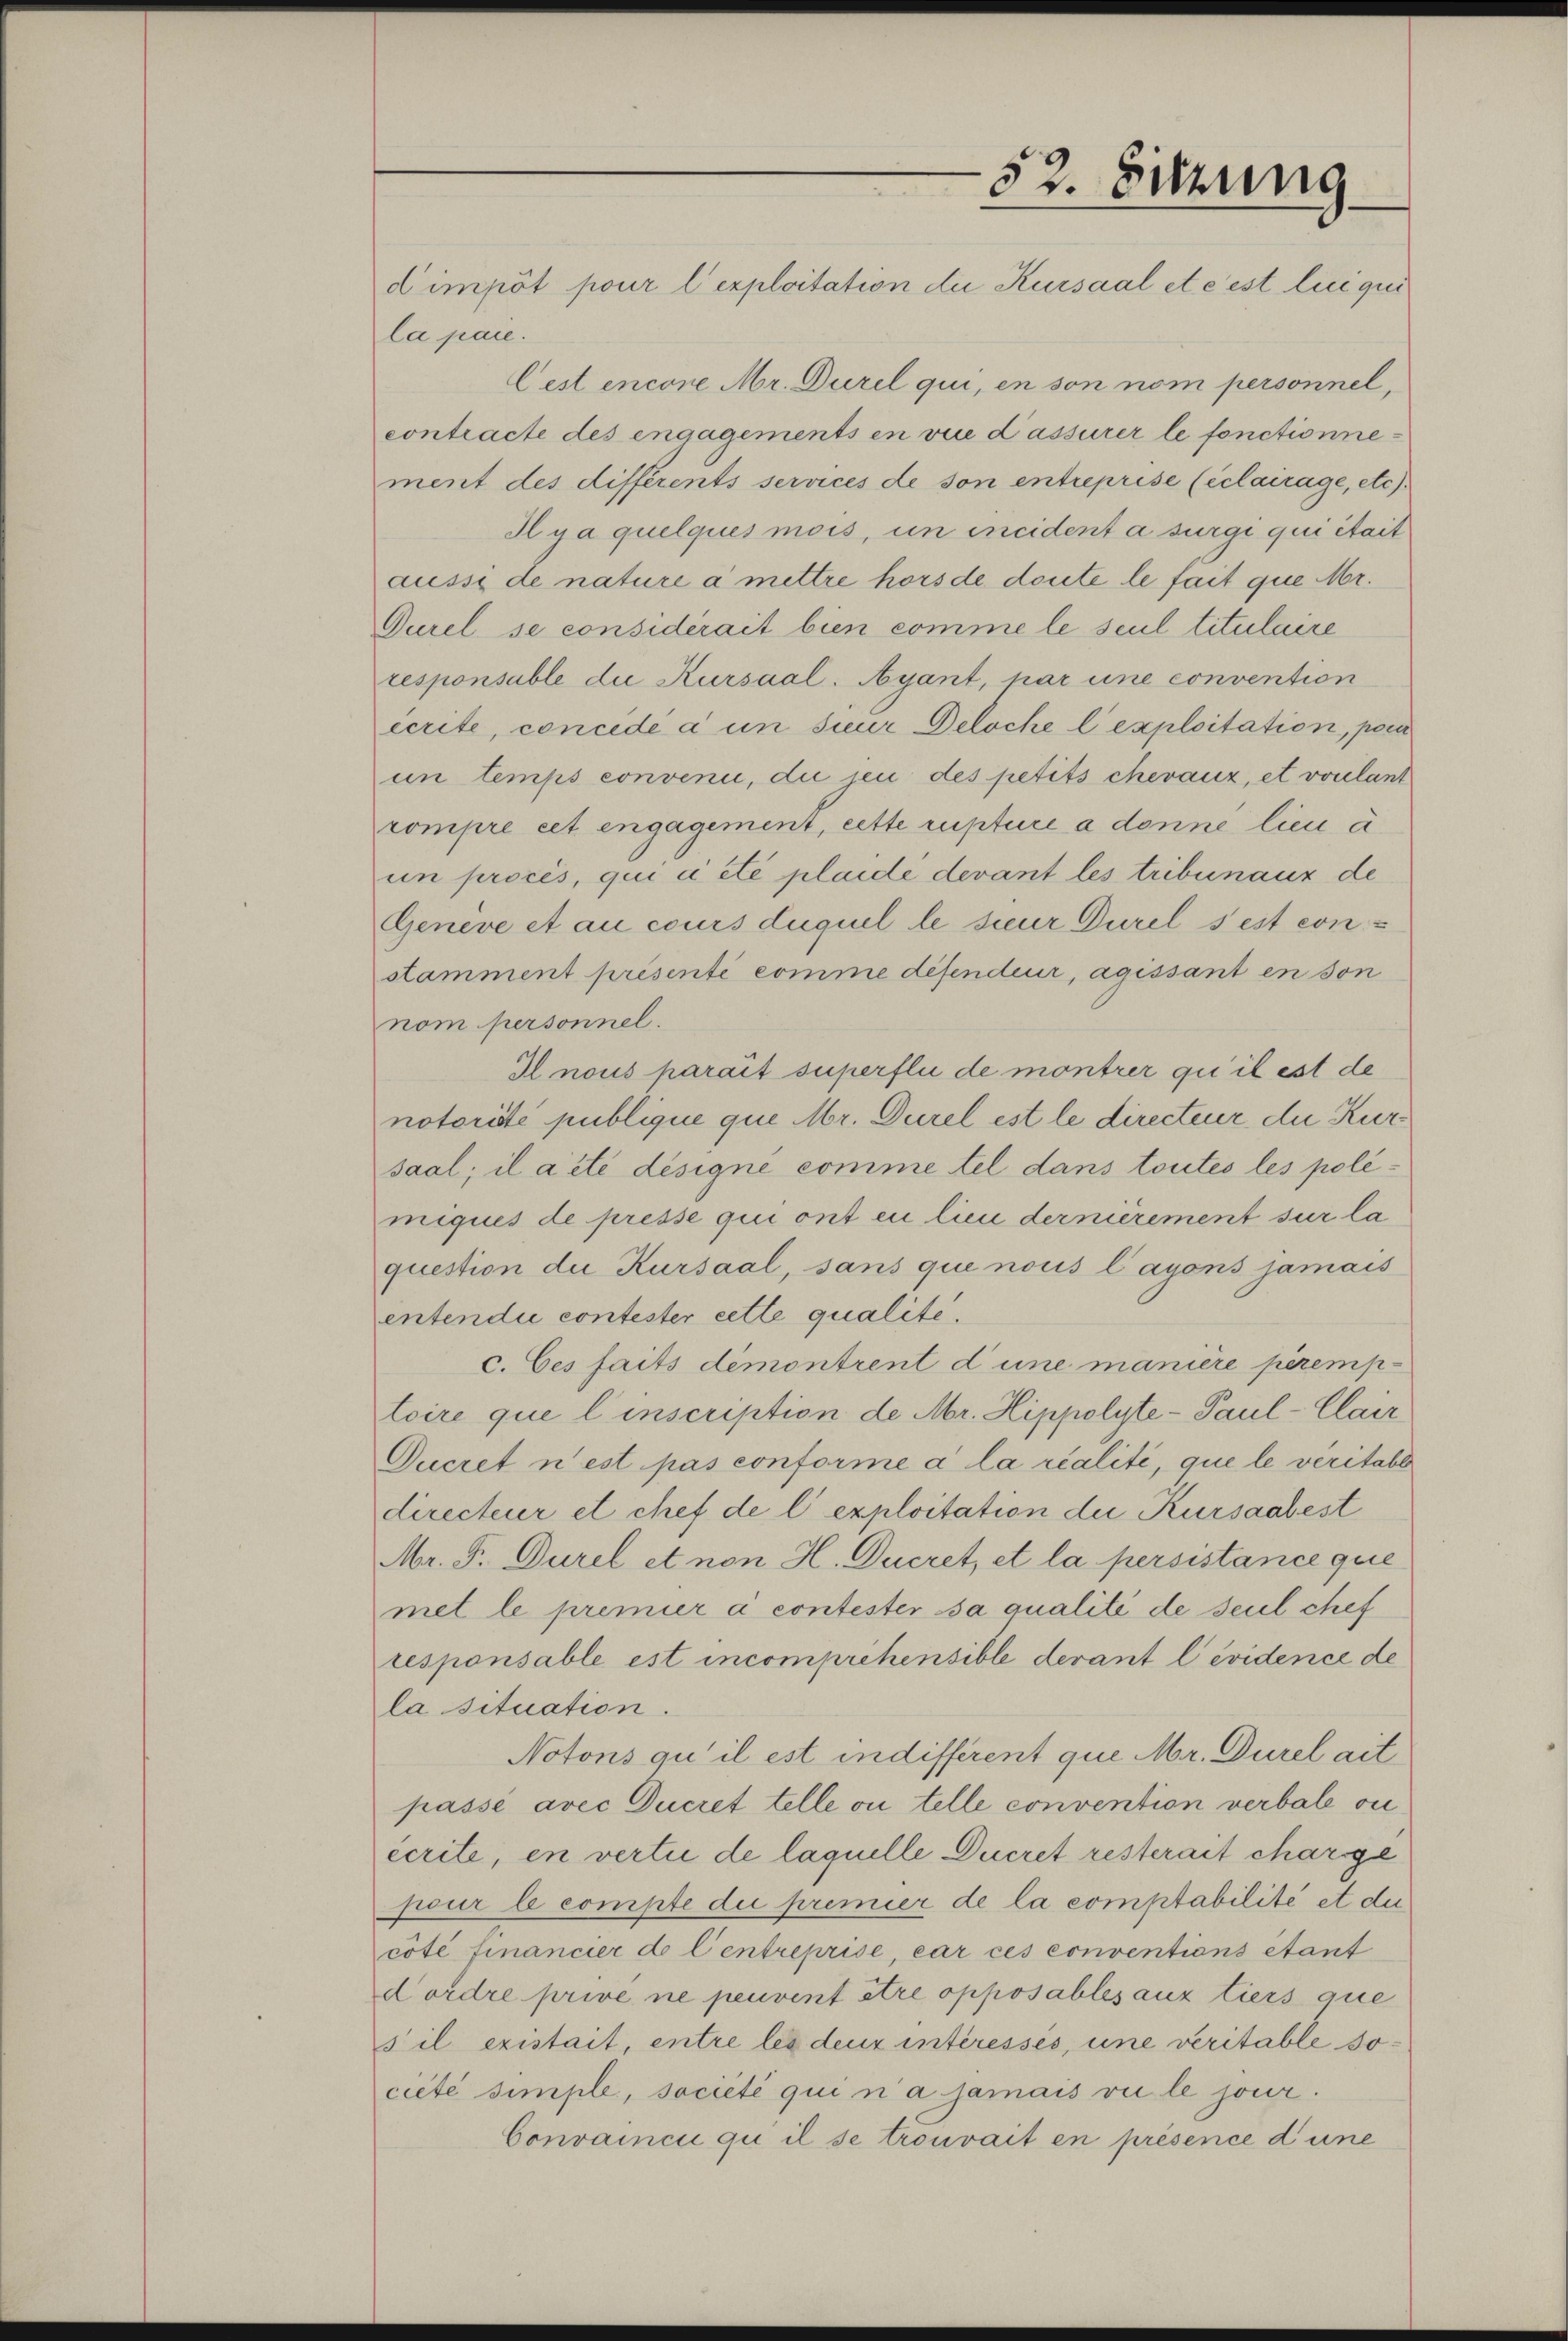
d’impôt pour l’exploitation die Kursaal et c’est lieiqui

52. Sitzung

la pare.
Cest encore Mr. Durel qui, en son nom personnel,
contracte des engagements en vice d’assurer le fonctionnement des différents services de son entreprise (éclarage, etc)
Ilya quelques mois, un incident a surgi qui était
aussi de nature à mettre hors de doute le fait que Mr.
Gurel se considérait bien comme le seul titulaire
responsable die Kursaal. Ayant, par une convention
écrite, concede à un seur Deloche l’exploitation, pour
un temps convenie, die jen des petits chevaux, et voulant
compre cet engagement, cette rupture a donne lieu à
un procès, qui a été plaide devant les tribunanz de
Geneve et au cours duquel le secur Durel sest constamment présenti comme difendeur, agissant en son
nom personnel.
I nous parait superfli de montrer qui il est de
notorité publique que Mr. Durel est le directeur die Kur
saal; il a été désigne comme tel dans toutes les polimiques de presse qui ont eu lieu dernièrement sur la
question die Kursaal, sans que nous l’ayons jamais
entendii contester cette qualite.
c. Ces faits demontrent d’une manière peremptoire que l’inscription de Mr. Hippolyte- Paul-Clair
Oucret n’est pas conforme a la réalité, que le veritabl
directeur et chef de l’exploitation die Kursaabest
Mr. F. Durel et non H. Ducret, et la persistance que
met le premier à contester sa qualité de seul chef
responsable est incomprehensible devant l’évidence de
la situation.
Notons qu’il est indifférent que Mr. Durel ait
passé avec Ducret telle ou telle convention verbale vi
écrite, en vertie de laquelle Decret resterait charge
pour le compte die premier de la comptabilité et dur
coté financier de l’entreprise, car ces conventions étant
dordre prive ne peuvent être opposables aux tiers que
sil existait, entre les deux intéressés, une veritable societe simple, société qui n’a jamais vu le jour.
Convaincu qui il se trouvait en présence d une